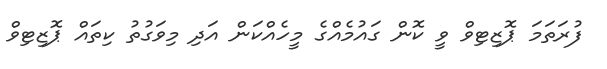
ފުރަތަމަ ޕޮޒިޓިވް ވީ ކޮން ގައުމެއްގެ މީހެއްކަން އަދި މިވަގުތު ކިތައް ޕޮޒިޓިވް